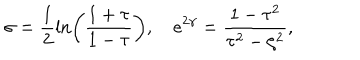
LaTeX: \sigma = \frac { 1 } { 2 } \ln \left( \frac { 1 + \tau } { 1 - \tau } \right) , \quad e ^ { 2 \gamma } = \frac { 1 - \tau ^ { 2 } } { \tau ^ { 2 } - \zeta ^ { 2 } } ,